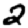
Digit: 2